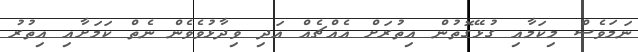
ނަމަވެސް މިކަމާއި ގުޅޭގޮތުން އިތުރަށް އެއްޗެއް އަދި ވިދާޅުވެވެން ނެތް ކަމަށާއި އިތުރު